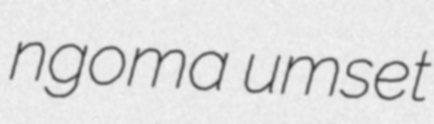
ngoma umset